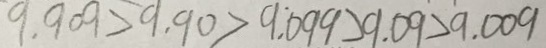
9 . 9 0 9 > 9 . 9 0 > 9 . 0 9 9 > 9 . 0 9 > 9 . 0 0 9